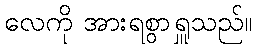
လေကို အားရစွာရှူသည်။